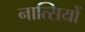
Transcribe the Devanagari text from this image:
नात्सियों